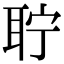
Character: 聍